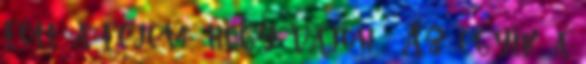
főtt a fejem, hogy vajon . Az egyik a